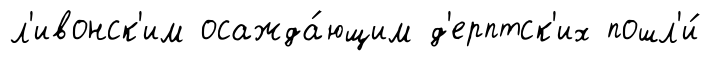
л'ивонск'им осажда́ющим д'ерптск'их пошл'и́